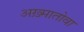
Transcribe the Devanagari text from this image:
अख़्मातोवा